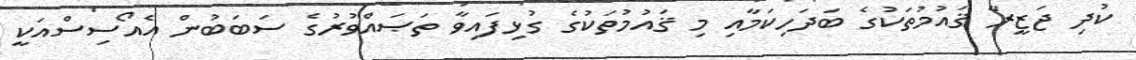
ކުދި ޖަޒީރާ ޤައުމުތަކުގެ ބަދަހިކަމާއި މި ޤައުމުތަކުގެ ގުޅިފައިވާ ތަޞައްވުރުގެ ސަބަބުން އެއޯސިސްއަކީ